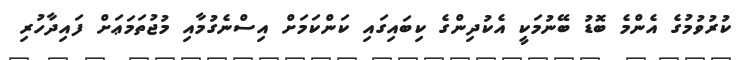
ކުރުވުމުގެ އެންމެ ބޮޑު ބޭނުމަކީ އެކުދިންގެ ކިބައިގައި ކަންކަމަށް އިސްނެގުމާއި މުޖުތަމަޢަށް ފައިދާހުރި